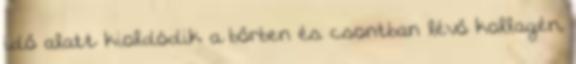
idő alatt kioldódik a bőrben és csontban lévő kollagén,